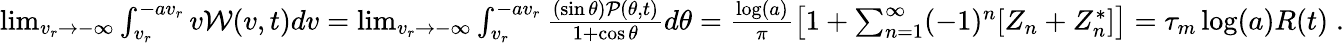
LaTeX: \begin{array}{r}{\operatorname*{lim}_{v_{r}\to-\infty}\int_{v_{r}}^{-av_{r}}v\mathcal W(v,t)dv=\operatorname*{lim}_{v_{r}\to-\infty}\int_{v_{r}}^{-av_{r}}\frac{(\sin\theta)\mathcal P(\theta,t)}{1+\cos\theta}d\theta=\frac{\log(a)}{\pi}\left[1+\sum_{n=1}^{\infty}(-1)^{n}[Z_{n}+Z_{n}^{*}]\right]=\tau_{m}\log(a)R(t)\; .}\end{array}